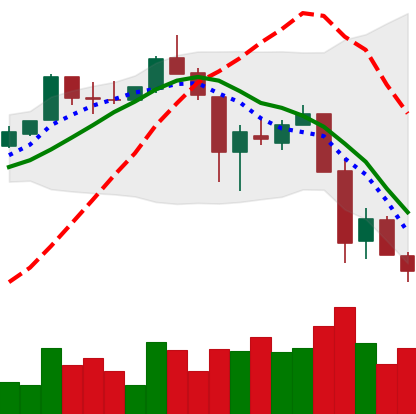
Ticker: XLM-USD
Chart end date: 2018-11-23
Forward return: -10.471%
Label: down_7plus